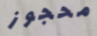
محجوز